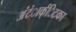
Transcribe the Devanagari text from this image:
अंंटंार्क्िटका